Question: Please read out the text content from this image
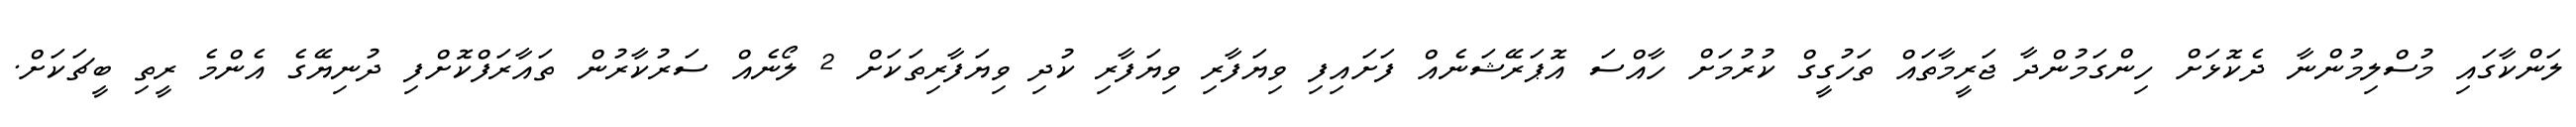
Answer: ލަންކާގައި މުސްލިމުންނާ ދެކޮޅަށް ހިންގަމުންދާ ޖަރީމާތައް ތަހުގީގް ކުރުމަށް ހާއްސަ އޮޕަރޭޝަނެއް ފަށައިފި ވިޔަފާރި ވިޔަފާރި ކުދި ވިޔަފާރިތަކަށް 2 ލޯނެއް ސަރުކާރުން ތައާރަފްކޮށްފި ދުނިޔޭގެ އެންމެ ރީތި ބީޗަކަށް.